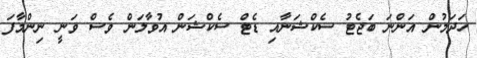
ހަދަމުން އަންނަ ބަޖެޓު ސެކްޝަނާއި ޑެޓް ސެކްޝަން އުވާލަން ވެސް ވަނީ ނިންމާފަ